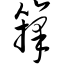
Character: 箨